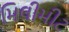
મિલીમીટ